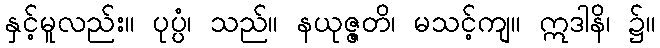
နှင့်မူလည်း။ ပုပ္ပံ၊ သည်။ နယုဇ္ဇတိ၊ မသင့်ကျ။ ဣဒါနိ၊ ၌။